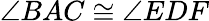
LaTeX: \angle BAC\cong\angle EDF